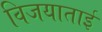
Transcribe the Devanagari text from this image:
विजयाताई